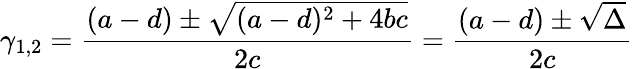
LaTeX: \gamma_{1,2}={\frac{(a-d)\pm{\sqrt{(a-d)^{2}+4bc}}}{2c}}={\frac{(a-d)\pm{\sqrt{\Delta}}}{2c}}